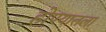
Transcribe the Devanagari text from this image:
होण्यातला